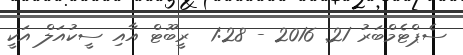
ސެޕްޓެމްބަރު 21